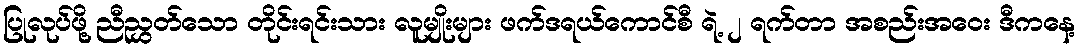
ပြုလုပ်ဖို့ ညီညွှတ်သော တိုင်းရင်းသား လူမျိုးများ ဖက်ဒရယ်ကောင်စီ ရဲ့ ၂ ရက်တာ အစည်းအဝေး ဒီကနေ့